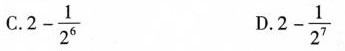
C.$$2 - \frac { 1 } { 2 ^ { 6 } }$$ D.$$2 - \frac { 1 } { 2 ^ { 7 } }$$